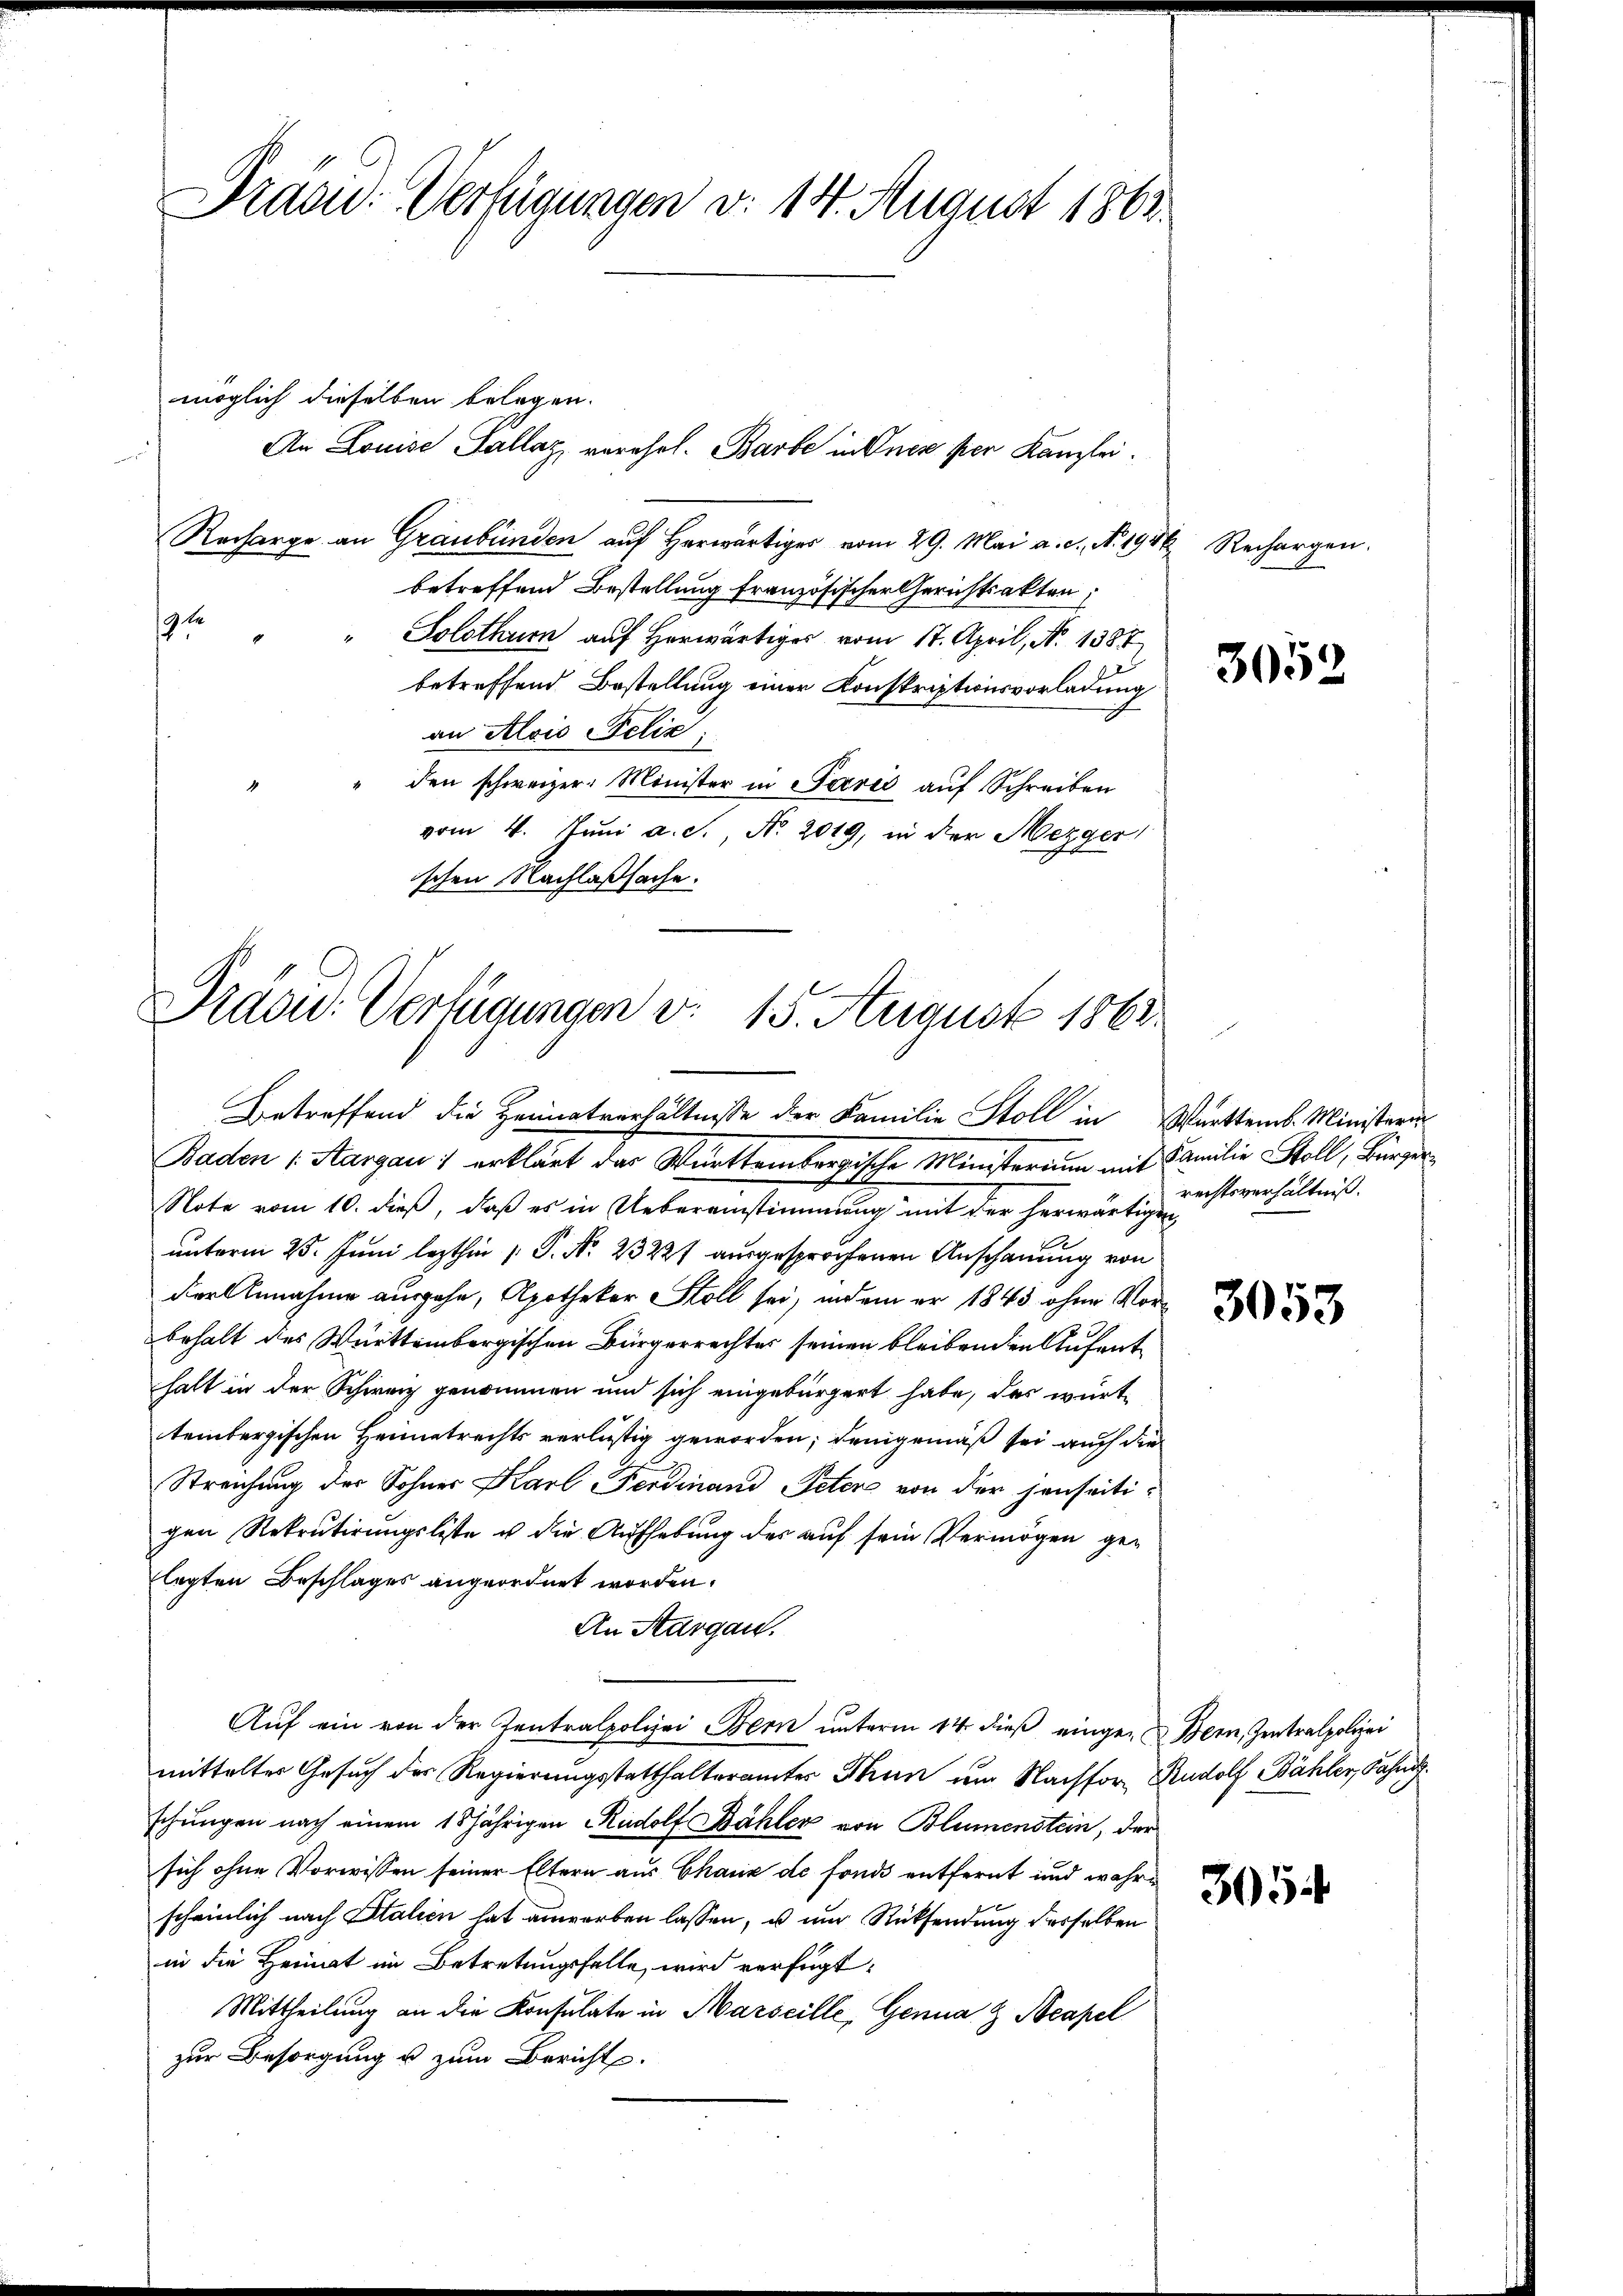
Präsid-Verfügungen v. 14. August 1863.

möglich dieselben belegen.
Recharge an Graubünden auf Herwärtiger vom 29. Mai a. c., N. 1944
betreffend Bestellung französischer Gerichtsakten;
9t
Solothurn auf Herwärtig vom 17. April, N. 1387
betreffend Bestellung einer Konskriptionsvorladung
an Alois Felix
" den schweizer. Minister in Perić aŭf Schreiben
vom 4. Juni a. S. Nr. 2019, in der Mezger
ischen Nachlaßsache.

An Louise Sallaz, vorehel. Barbe in Oner per Kanzlei.

Präsid. Verfügungen v. 15. August 1863.
Betreffend die Heimatverhältnisse der Familie Stoll in Württemb. Ministeri

Baden 1. Margau 1 erklärt der Württembergische Ministerium mit Familie Stoll, Bürger
Note vom 10. dieß, daß es in Uebereinstimmung mit der herwärtigen
unterm 25. Juni lezthin 1 P. Nr. 23227 ausgesprochenen Anschauung von
Der Annahme ausgehe, Apotheker Stoll sei, indem er 1843 ohne Vorbehalt des Württembergischen Bürgerrechter seinen bleibenden Aufenthalt in der Schweiz genommen und sich eingebürgert habe, das württembergischen Heimatrechts verlustig geworden; demgemäß sei auch die
Streichung der Sohner Karl Ferdinand Peter von der jenseitigen Rekrutirungsliste u die Aufhebung des auf sein Vermögen gelegten Beschlages angeordnet worden.
An Aargau.
Aŭf ein von der Zentralpolizei Bern ŭnterm 14. dieβ eingen Bern, Zentralpolizei
mittelter Gesuch der Regierungsstatthalterämter Thun um Nachfor Rudolf Bähler, Fahnd
schungen nach einem 15 jährigen Rudolf Bähler von Blumenstein, der
sich ohne Vorwissen seiner Eltern aus Chaux de fonde entfernt und wahre
scheinlich nach Stalien hat anwerben lassen, u und Rücksendung desselben
in die Heimat im Betretungsfalle, wird verfügt:
Mittheilung an die Konsulate in Marseille, Genua & Neapel
zur Besorgung u zum Berichte.

Rechargen.

3052

rechtsverhältniß.

3053

3054